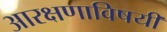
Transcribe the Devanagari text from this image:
आरक्षणाविषयी